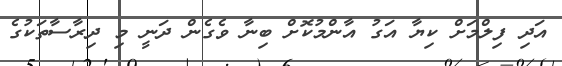
އަދި ފިލްމަށް ކިޔާ އަގު އާންމުކޮށް ބިނާ ވެގެން ދަނީ މި ދިރާސާތަކުގެ